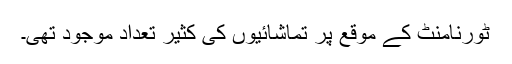
ٹورنامنٹ کے موقع پر تماشائیوں کی کثیر تعداد موجود تھی۔